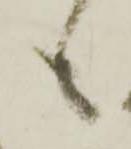
も